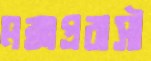
মক্কাপ্রবাসী